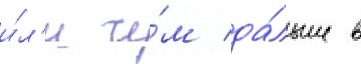
и́л'и че́м да́льше в